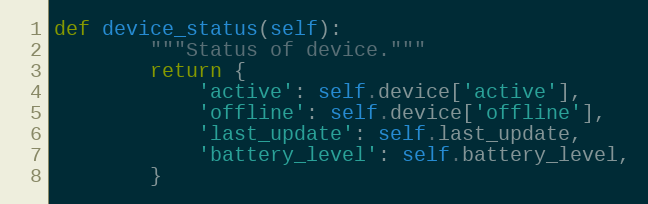
Language: Python
def device_status(self):
        """Status of device."""
        return {
            'active': self.device['active'],
            'offline': self.device['offline'],
            'last_update': self.last_update,
            'battery_level': self.battery_level,
        }